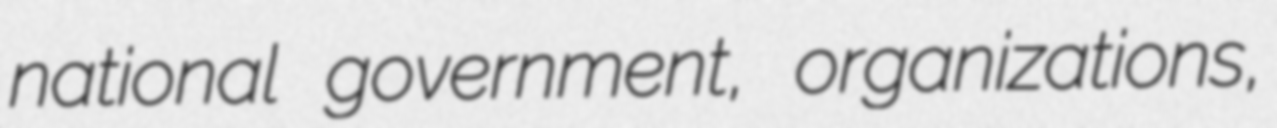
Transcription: national government, organizations,